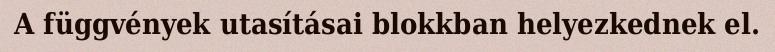
A függvények utasításai blokkban helyezkednek el.